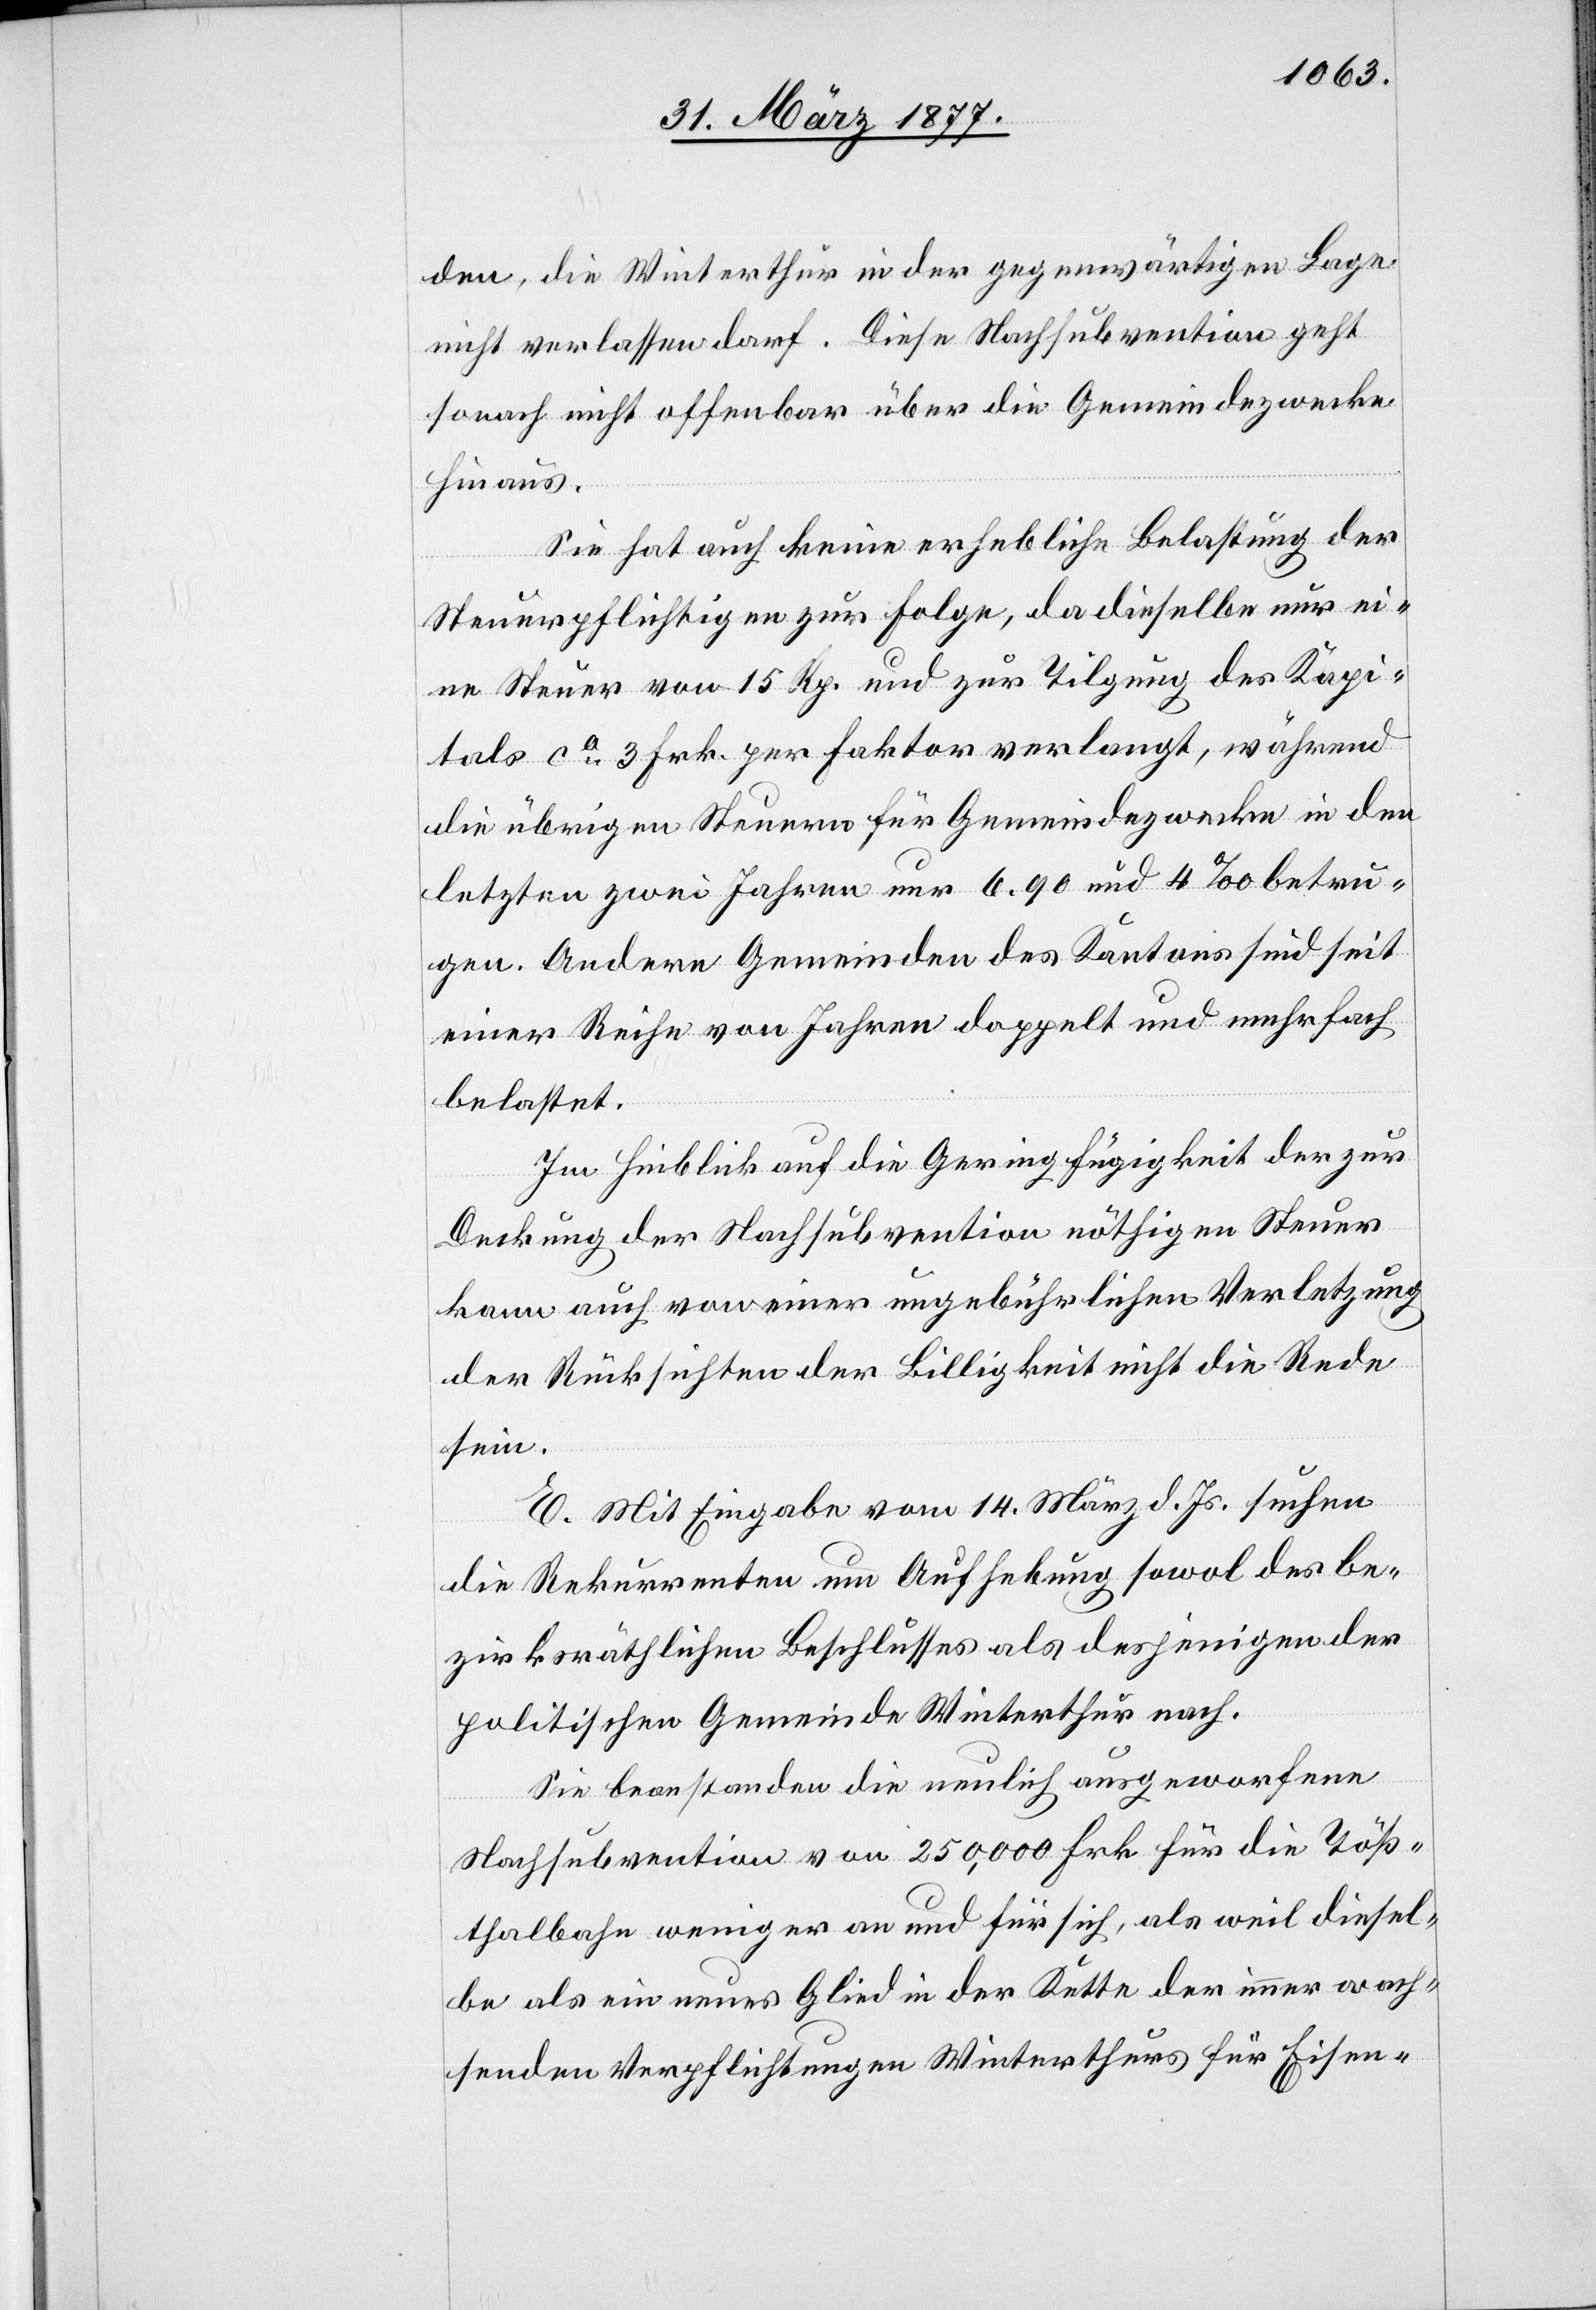
den, die Winterthur in der gegenwärtigen Lage
nicht verlassen darf. Diese Nachsubvention geht
sonach nicht offenbar über die Gemeindezwecke
hinaus.
Sie hat auch keine erhebliche Belastung der
Steuerpflichtigen zur Folge, da dieselbe nur ei¬
ne Steuer von 15 Rp. und zur Tilgung des Kapi¬
tals ca 3 Frk. per Faktor verlangt, während
die übrigen Steuern für Gemeindezwecke in den
letzten zwei Jahren nur 6.90 und 4‰ betru¬
gen. Andere Gemeinden des Kantons sind seit
einer Reihe von Jahren doppelt und mehrfach
belastet.
Im Hinblick auf die Geringfügigkeit der zur
Deckung der Nachsubvention nöthigen Steuer
kann auch von einer ungebührlichen Verletzung
der Rücksichten der Billigkeit nicht die Rede
sein.
E. Mit Eingabe vom 14. März d. Js. suchen
die Rekurrenten um Aufhebung sowol des be¬
zirksräthlichen Beschlusses als desjenigen der
politischen Gemeinde Winterthur nach.
Sie beanstanden die neulich ausgeworfene
Nachsubvention von 250,000 Frk. für die Töß¬
thalbahn weniger an und für sich, als weil diesel¬
be als ein neues Glied in der Kette der immer wach¬
senden Verpflichtungen Winterthurs für Eisen-